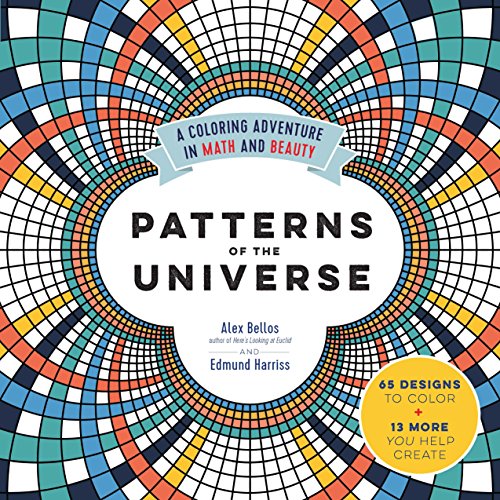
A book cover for Patterns of the Universe: A Coloring Adventure in Math and Beauty; Alex Bellos; Humor & Entertainment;